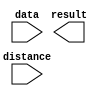
// megafunction wizard: %LPM_CLSHIFT%VBB%
// GENERATION: STANDARD
// VERSION: WM1.0
// MODULE: LPM_CLSHIFT 

// ============================================================
// Megafunction Name(s):
// 			LPM_CLSHIFT
//
// Simulation Library Files(s):
// 			
// ============================================================
// ************************************************************
// THIS IS A WIZARD-GENERATED FILE. DO NOT EDIT THIS FILE!
//
// 20.1.1 Build 720 11/11/2020 SJ Lite Edition
// ************************************************************

//Copyright (C) 2020  Intel Corporation. All rights reserved.
//Your use of Intel Corporation's design tools, logic functions 
//and other software and tools, and any partner logic 
//functions, and any output files from any of the foregoing 
//(including device programming or simulation files), and any 
//associated documentation or information are expressly subject 
//to the terms and conditions of the Intel Program License 
//Subscription Agreement, the Intel Quartus Prime License Agreement,
//the Intel FPGA IP License Agreement, or other applicable license
//agreement, including, without limitation, that your use is for
//the sole purpose of programming logic devices manufactured by
//Intel and sold by Intel or its authorized distributors.  Please
//refer to the applicable agreement for further details, at
//https://fpgasoftware.intel.com/eula.

module lpm_shift (
	data,
	distance,
	result);

	input	[17:0]  data;
	input	[4:0]  distance;
	output	[17:0]  result;

endmodule

// ============================================================
// CNX file retrieval info
// ============================================================
// Retrieval info: PRIVATE: INTENDED_DEVICE_FAMILY STRING "Cyclone V"
// Retrieval info: PRIVATE: LPM_SHIFTTYPE NUMERIC "1"
// Retrieval info: PRIVATE: LPM_WIDTH NUMERIC "18"
// Retrieval info: PRIVATE: SYNTH_WRAPPER_GEN_POSTFIX STRING "0"
// Retrieval info: PRIVATE: lpm_widthdist NUMERIC "5"
// Retrieval info: PRIVATE: lpm_widthdist_style NUMERIC "0"
// Retrieval info: PRIVATE: new_diagram STRING "1"
// Retrieval info: PRIVATE: port_direction NUMERIC "1"
// Retrieval info: LIBRARY: lpm lpm.lpm_components.all
// Retrieval info: CONSTANT: LPM_SHIFTTYPE STRING "ARITHMETIC"
// Retrieval info: CONSTANT: LPM_TYPE STRING "LPM_CLSHIFT"
// Retrieval info: CONSTANT: LPM_WIDTH NUMERIC "18"
// Retrieval info: CONSTANT: LPM_WIDTHDIST NUMERIC "5"
// Retrieval info: USED_PORT: data 0 0 18 0 INPUT NODEFVAL "data[17..0]"
// Retrieval info: USED_PORT: distance 0 0 5 0 INPUT NODEFVAL "distance[4..0]"
// Retrieval info: USED_PORT: result 0 0 18 0 OUTPUT NODEFVAL "result[17..0]"
// Retrieval info: CONNECT: @data 0 0 18 0 data 0 0 18 0
// Retrieval info: CONNECT: @direction 0 0 0 0 VCC 0 0 0 0
// Retrieval info: CONNECT: @distance 0 0 5 0 distance 0 0 5 0
// Retrieval info: CONNECT: result 0 0 18 0 @result 0 0 18 0
// Retrieval info: GEN_FILE: TYPE_NORMAL lpm_shift.v TRUE
// Retrieval info: GEN_FILE: TYPE_NORMAL lpm_shift.inc TRUE
// Retrieval info: GEN_FILE: TYPE_NORMAL lpm_shift.cmp TRUE
// Retrieval info: GEN_FILE: TYPE_NORMAL lpm_shift.bsf TRUE
// Retrieval info: GEN_FILE: TYPE_NORMAL lpm_shift_inst.v TRUE
// Retrieval info: GEN_FILE: TYPE_NORMAL lpm_shift_bb.v TRUE